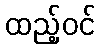
ထည့်ဝင်